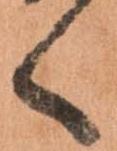
く